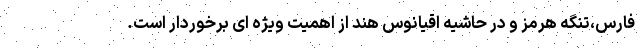
فارس،تنگه هرمز و در حاشیه اقیانوس هند از اهمیت ویژه ای برخوردار است.